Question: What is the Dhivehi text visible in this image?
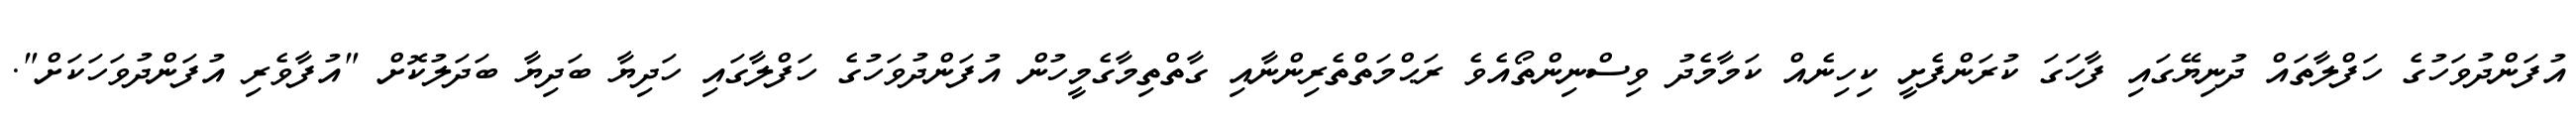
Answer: އުފަންދުވަހުގެ ހަފްލާތައް ދުނިޔޭގައި ފާހަގަ ކުރަންފެށީ ކިހިނެއް ކަމާމެދު ވިސްނިންތޯއެވެ ރަޙްމަތްތެރިންނާއި ގާތްތިމާގެމީހުން އުފަންދުވަހުގެ ހަފްލާގައި ހަދިޔާ ބަދިޔާ ބަދަލުކޮށް "އުފާވެރި އުފަންދުވަހަކަށް".